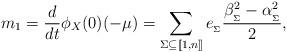
LaTeX: \begin{align*}m_1 = \frac{d}{dt}\phi_X(0)(-\mu) = \sum_{\Sigma\subseteq [\![1,n]\!]}e_{_\Sigma}\frac{\beta_{_\Sigma}^2-\alpha_{_\Sigma}^2}{2},\end{align*}